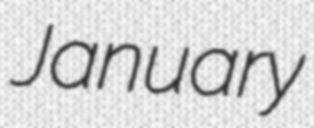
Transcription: January